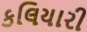
કલિયારી